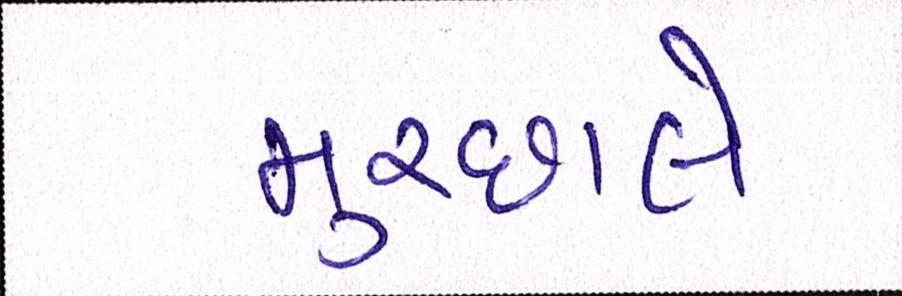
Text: મુચ્છાલે